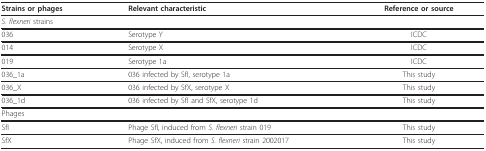
<table><thead><tr><td><b>Strains or phages</b></td><td><b>Relevant characteristic</b></td><td><b>Reference or source</b></td></tr></thead><tbody><tr><td colspan="3"><i>S. flexneri </i>strains</td></tr><tr><td>036</td><td>Serotype Y</td><td>ICDC</td></tr><tr><td>014</td><td>Serotype X</td><td>ICDC</td></tr><tr><td>019</td><td>Serotype 1a</td><td>ICDC</td></tr><tr><td>036_1a</td><td>036 infected by SfI, serotype 1a</td><td>This study</td></tr><tr><td>036_X</td><td>036 infected by SfX, serotype X</td><td>This study</td></tr><tr><td>036_1d</td><td>036 infected by SfI and SfX, serotype 1d</td><td>This study</td></tr><tr><td colspan="3">Phages</td></tr><tr><td>SfI</td><td>Phage SfI, induced from <i>S. flexneri </i>strain 019</td><td>This study</td></tr><tr><td>SfX</td><td>Phage SfX, induced from <i>S. flexneri </i>strain 2002017</td><td>This study</td></tr></tbody></table>